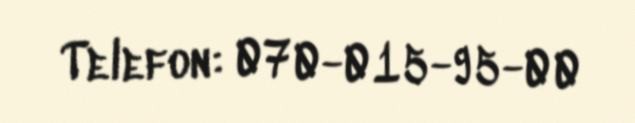
Telefon: 070-015-95-00